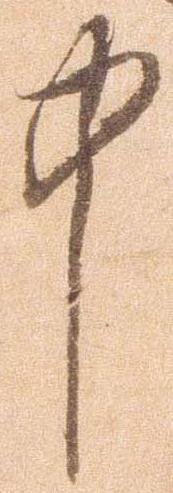
中